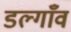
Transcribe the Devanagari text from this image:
डल्गाँव